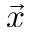
\vec { x }